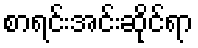
စာရင်းအင်းဆိုင်ရာ